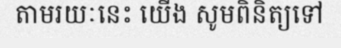
តាមរយៈនេះ យើង សូមពិនិត្យទៅ